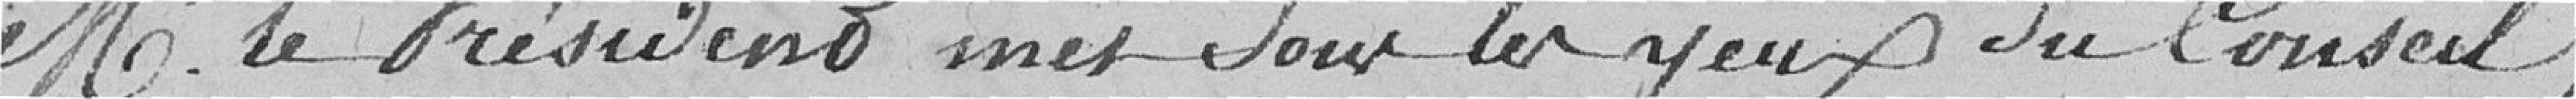
Monsieur le Président met sous les yeux du Conseil